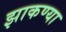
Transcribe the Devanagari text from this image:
झाकण्या